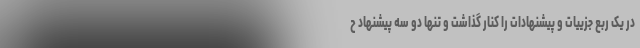
در یک ربع جزییات و پیشنهادات را کنار گذاشت و تنها دو سه پیشنهاد ح